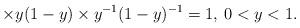
LaTeX: \begin{align*} \times y(1-y) \times y^{-1}(1-y)^{-1}= 1,\>0 < y < 1. \end{align*}